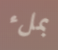
بملء